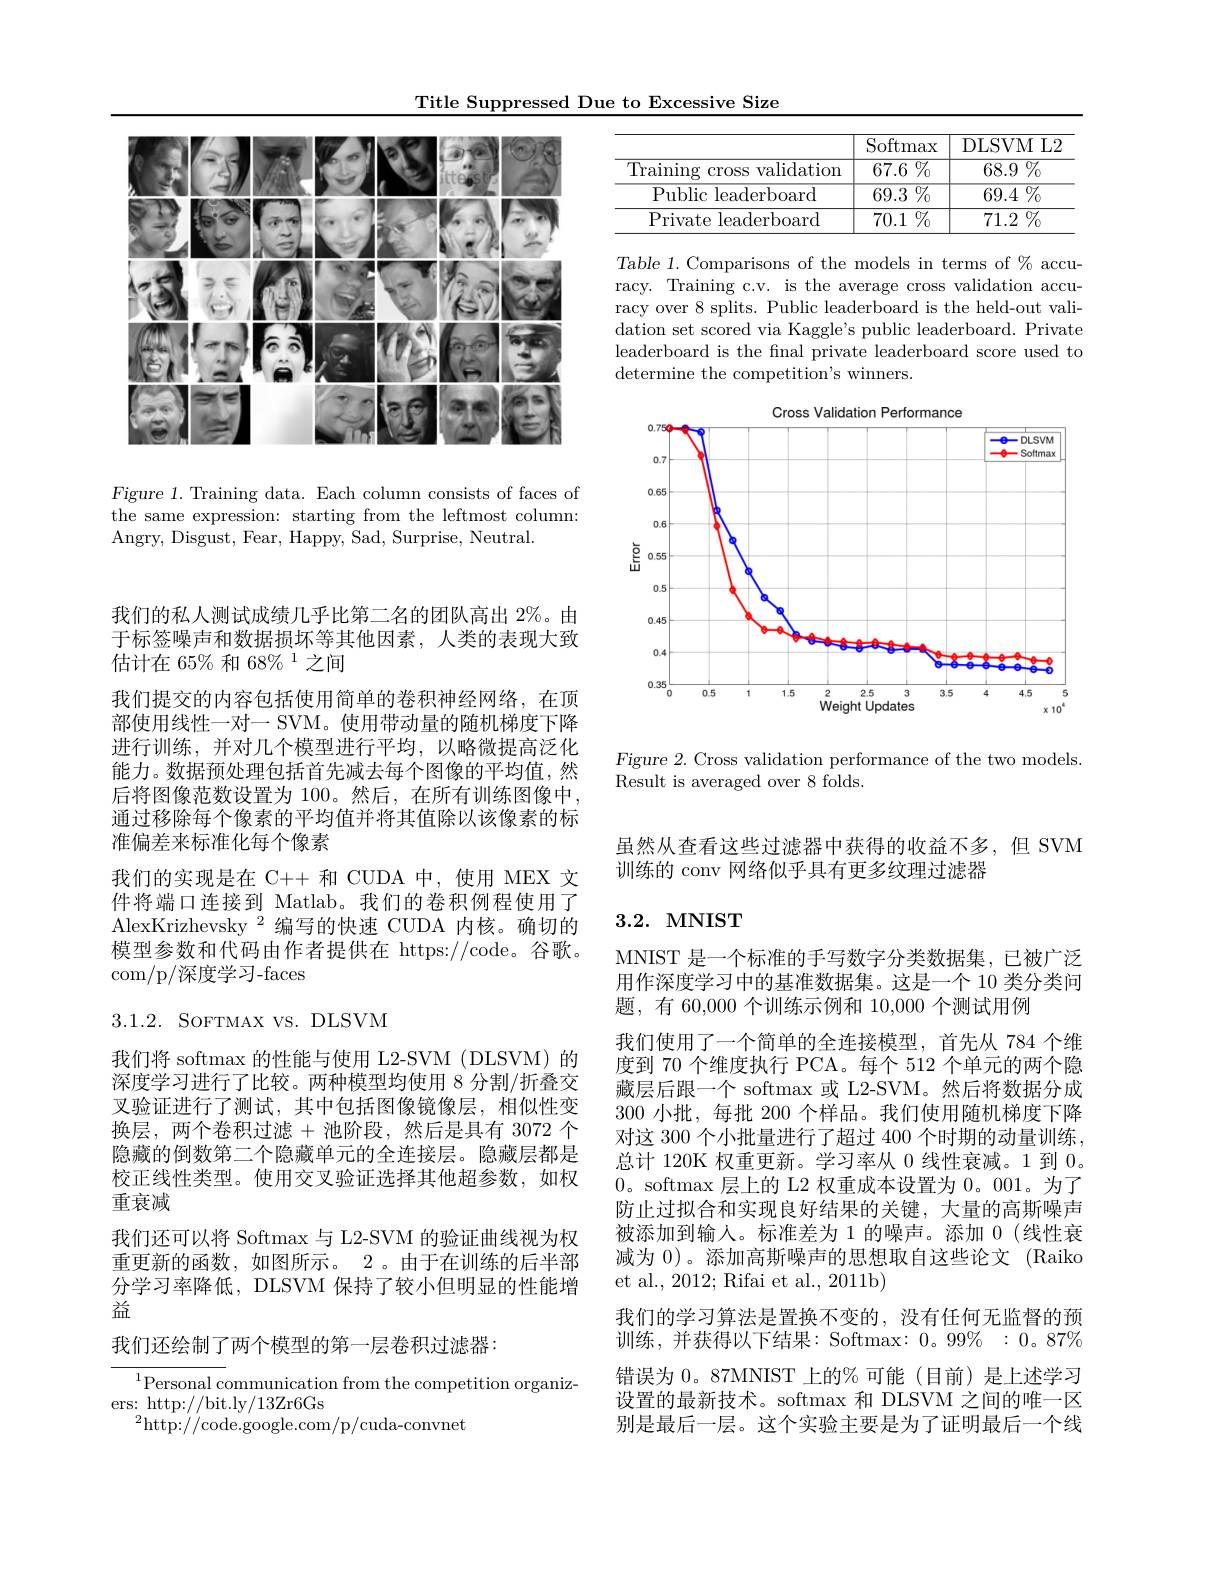
Title Suppressed Due to Excessive Size

<FigureHere>

Figure 1. Training data. Each column consists of faces of the same expression: starting from the leftmost column: Angry, Disgust, Fear, Happy, Sad, Surprise, Neutral.

<table>
	<tbody>
		<tr>
			<th> </th>
			<th>$\operatorname{Softmax}$</th>
			<th>DLSVM L2</th>
		</tr>
		<tr>
			<td>$\operatorname{Training}$ cross validation</td>
			<td>$\overline{67.6\%}$</td>
			<td>$\overline{68.9\%}$</td>
		</tr>
		<tr>
			<td>Public leaderboard</td>
			<td>$\overline{69.3\:\%}$</td>
			<td>$69.4\%$</td>
		</tr>
		<tr>
			<td>Private leaderboard</td>
			<td>$70.1\%$</td>
			<td>$71.2\%$</td>
		</tr>
	</tbody>
</table>

Table 1.Comparisons of the models in terms of $\%$ accuracy. Training c.v. is the average cross validation accuracy over 8 splits. Public leaderboard is the held-out validation set scored via Kaggle's public leaderboard. Private leaderboard is the fnal private leaderboard score used to determine the competition's winners.

Cross Validation Performance
<FigureHere>

Figure 2. Cross validation performance of the two models
Result is averaged over 8 folds.

我们的私人测试成绩几乎比第二名的团队高出 2%。由于标签噪声和数据损坏等其他因素，人类的表现大致估计在 65% 和 68% 1 之间
我们提交的内容包括使用简单的卷积神经网络，在顶部使用线性一对一 SVM。使用带动量的随机梯度下降进行训练，并对几个模型进行平均，以略微提高泛化能力。数据预处理包括首先减去每个图像的平均值，然后将图像范数设置为 100。然后，在所有训练图像中， 通过移除每个像素的平均值并将其值除以该像素的标准偏差来标准化每个像素
我们的实现是在 C++ 和 CUDA 中，使用 MEX 文件将端口连接到 Matlab。我们的卷积例程使用了AlexKrizhevsky $^{2}$编写的快速 CUDA 内核。确切的模型参数和代码由作者提供在 https://code。谷歌。com/p/深度学习-faces

$3.1.2.{\mathrm{~SOFTMAX~VS.~DLSVM}}$

我们将 softmax 的性能与使用 L2-SVM (DLSVM) 的深度学习进行了比较。两种模型均使用 8 分割/折叠交叉验证进行了测试，其中包括图像镜像层，相似性变换层，两个卷积过滤+池阶段，然后是具有 3072 个隐藏的倒数第二个隐藏单元的全连接层。隐藏层都是校正线性类型。使用交叉验证选择其他超参数，如权重衰减
我们还可以将 Softmax 与 L2-SVM 的验证曲线视为权重更新的函数，如图所示。2。由于在训练的后半部分学习率降低，DLSVM 保持了较小但明显的性能增益

我们还绘制了两个模型的第一层卷积过滤器：

$^{1}$Personal communication from the competition organiz-
ers: http://bit.ly/13Zr6Gs
$^{2}$http://code.google.com/p/cuda-convnet

虽然从查看这些过滤器中获得的收益不多，但 SVM
训练的 conv 网络似乎具有更多纹理过滤器

## 3.2. MNIST

MNIST 是一个标准的手写数字分类数据集，已被广泛用作深度学习中的基准数据集。这是一个 10 类分类问题，有 60,000 个训练示例和 10,000 个测试用例
我们使用了一个简单的全连接模型，首先从 784 个维度到 70 个维度执行 PCA。每个 512 个单元的两个隐藏层后跟一个 softmax 或 L2-SVM。然后将数据分成300 小批，每批 200 个样品。我们使用随机梯度下降对这 300 个小批量进行了超过 400 个时期的动量训练， 总计 120K 权重更新。学习率从 0 线性衰减。1 到0。0。softmax 层上的 L2 权重成本设置为0。001。为了防止过拟合和实现良好结果的关键，大量的高斯噪声被添加到输入。标准差为 1 的噪声。添加 0(线性衰减为 0)。添加高斯噪声的思想取自这些论文 (Raiko et al., 2012; Rifai et al., 2011b)
我们的学习算法是置换不变的，没有任何无监督的预训练，并获得以下结果：Softmax: 0。99% : 0。87% 错误为0。87MNIST 上的%可能(目前)是上述学习设置的最新技术。softmax 和 DLSVM 之间的唯一区别是最后一层。这个实验主要是为了证明最后一个线